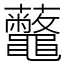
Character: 虌